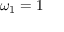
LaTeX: \omega _ { 1 } = 1